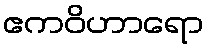
ဧကဝိဟာရော